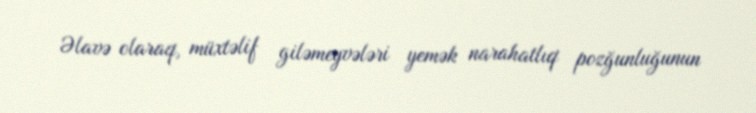
Əlavə olaraq, müxtəlif giləmeyvələri yemək narahatlıq pozğunluğunun